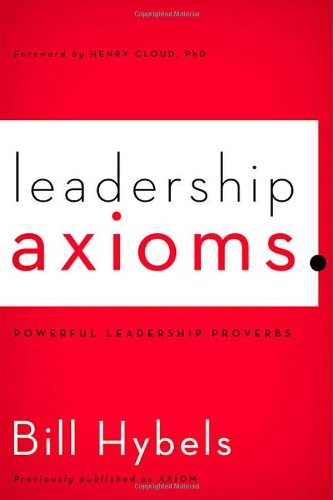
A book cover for Leadership Axioms: Powerful Leadership Proverbs; Bill Hybels; Christian Books & Bibles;